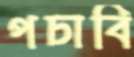
পচাবি